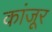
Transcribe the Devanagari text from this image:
कांजूर